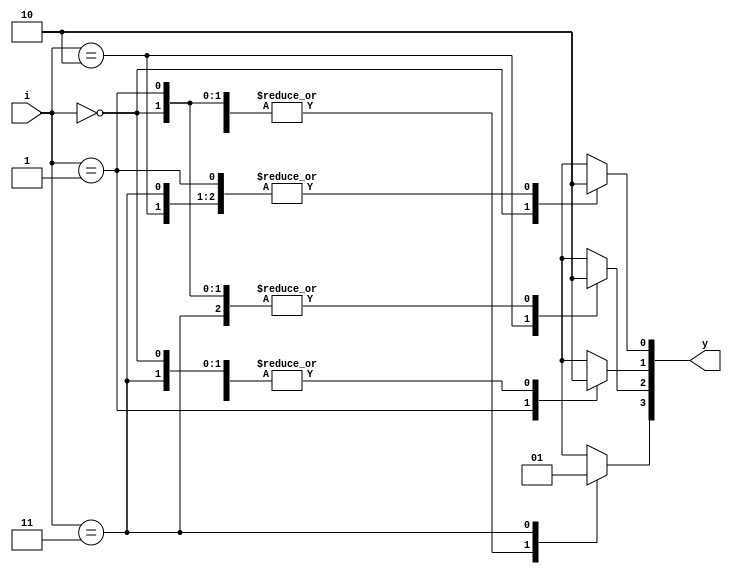
`timescale 1ns / 1ps

module decoder_2_4(
    input [1:0] i,
   	output reg[3:0] y);
	always@(i)
		begin
		y=0;
			case(i)	
					2'b00 : y[0] = 1'b1;
					2'b01 : y[1] = 1'b1;
					2'b10 : y[2] = 1'b1;
					2'b11 : y[3] = 1'b1;
			endcase
		end	
endmodule

module decoder_nor(
    input a,b,
    output nor_g 
    );
    wire [3:0]w;
    decoder_2_4 norgate({a,b}, w);
    assign nor_g= w[0];
endmodule